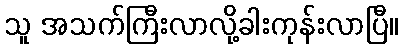
သူ အသက်ကြီးလာလို့ခါးကုန်းလာပြီ။